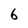
Character: 6